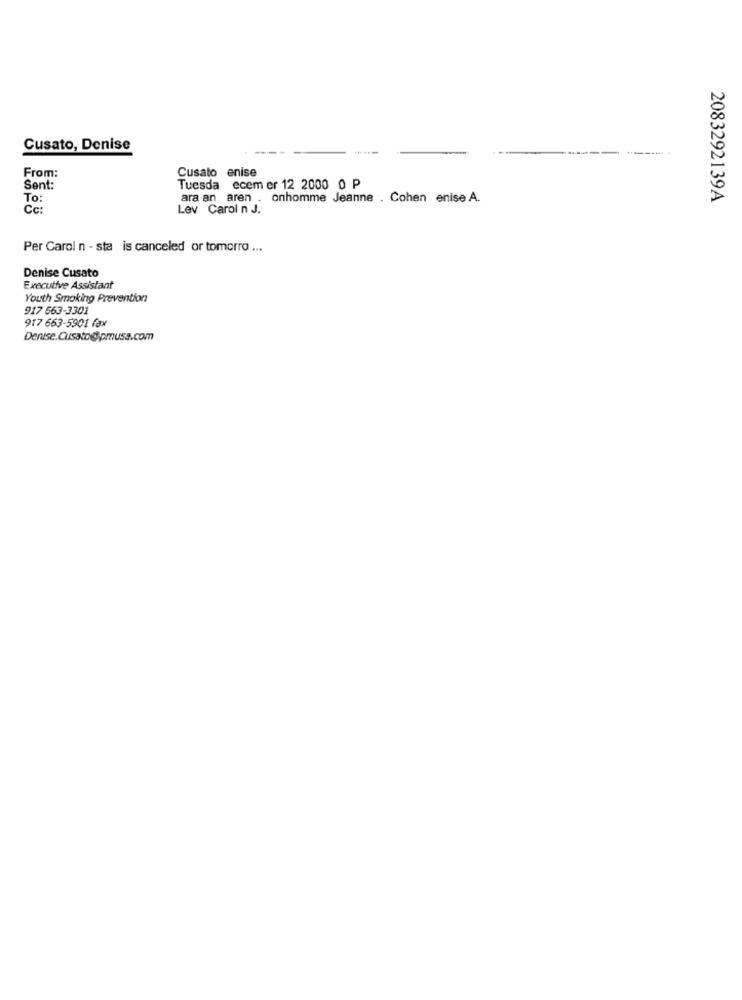
Cusato, Denise
From:
Cusato enise
Sent:
Tuesda ecem er 12 2000 0 P
To:
ara an aren . onhomme Jeanne . Cohen enise A.
2083292139A
Cc:
Lev Carol n J.
Per Carol n - sta is canceled or tomorro ...
Denise Cusato
Executive Assistant
Youth Smoking Prevention
917 563-3301
917 663-5901 fax
Denise.Cusato@pmusa.com